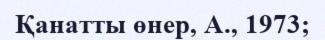
Қанатты өнер, А., 1973;